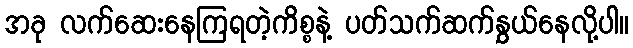
အခု လက်ဆေးနေကြရတဲ့ကိစ္စနဲ့ ပတ်သက်ဆက်နွှယ်နေလို့ပါ။